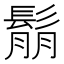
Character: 鬅